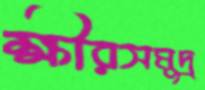
ক্ষীরসমুদ্র